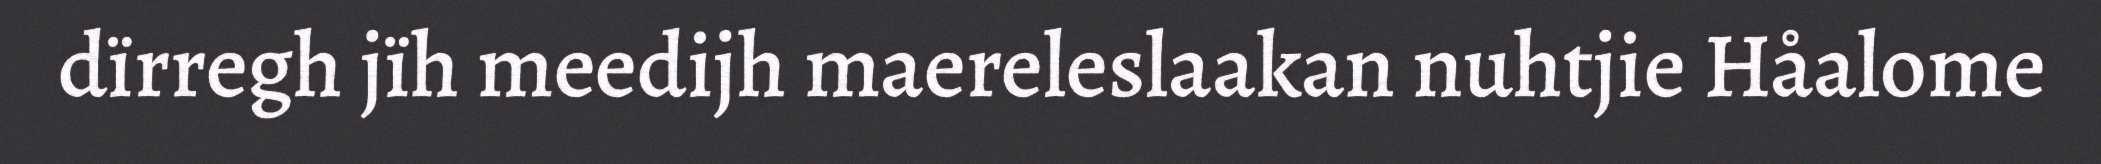
dïrregh jïh meedijh maereleslaakan nuhtjie Håalome